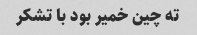
ته چین خمیر بود با تشکر